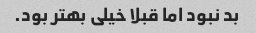
بد نبود اما قبلا خیلی بهتر بود.